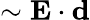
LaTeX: \sim{\mathbf E}\cdot{\mathbf d}